Report of an investigation into the causes of malaria in Bombay and the measures necessary for its control
Disease focus: Malaria
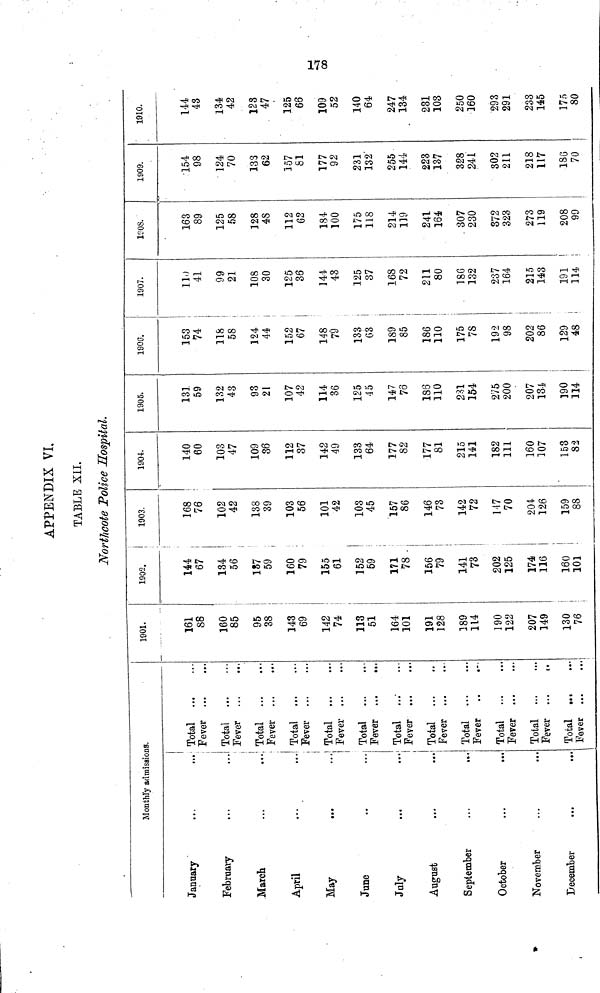
178
APPENDIX VI.
TABLE XII.
Northcote Police Hospital.
Monthly admissions.
January
February
March
April
X
May
June
July
August
September
October
November
December
Total
Fever
Total
Fever
, Total
Fever
Total
Fever
Total
Fever
Total
Fever ...
...
Total
..."
Fever
Total
Fever
Total
Fever
Total
Fever
Total
Fever ...
,.
Total
Fever ...
...
1901.
161
88
160
85
95
38
143
69
142
74
113
51
164
101
191
128
189
114
190
122
207
149
130
76
1902.
144
67
134
56
187
59
160
79
155
61
152
59
171
78
156
79
141
73
202
125
174
116
160
101
1903.
168
76
102
42
138
39
103
56
101
42
103
45
157
86
146
73
142
72
147
70
204
126
159
88
1904
140
60
103
47
109
36
112
37
142
49
133
64
177
82
177
81
215
141
182
111
160
107
153
82
1905.
131
59
132
43
93
21
107
42
114
36
125
45
147
76
186
110
231
154
275
200
207
134
190
114
190G.
153
74
118
58
124
44
152
67
148
79
133
63
189
85
186
110
175
78
192
98
202
86
129
48
1907.
110
41
99
21
108
30
125
36
144.
43
125
37
168
72
211
80
186
132
237
164
215
143
191
114
1908.
163
89
125
58
128
48
112
62
184
100
175
118
214
119
241
164
307
230
372
323
273
119
208
99
1909.
154
98
124
70
133
62
157
81
177
92
231
132
255
144
223
137
328
241
302
211
218
117
186
70
1910.
144
43
134
42
123
47
125
66
109
52
140
64
247
134
231
103
250
160
293
291
233
145
175
80